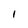
Character: 1